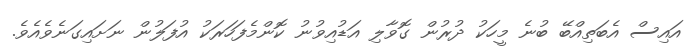
އައިސް އެބަތިއްބޭ ބުނެ މީހަކު ދުރުން ގޮވާލި އަޑުއިވުނު ކޮންމެފަހަރަކު އުފަލުން ނަށައިގަނެވެއެވެ.